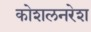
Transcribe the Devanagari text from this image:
कोशलनरेश